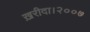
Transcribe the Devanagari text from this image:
ख़रीदा।२००७